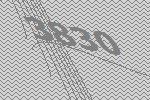
3830